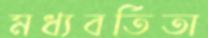
মধ্যবর্তিতা